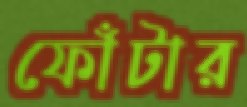
ফোঁটার